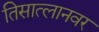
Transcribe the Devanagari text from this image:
तिसात्लानवर